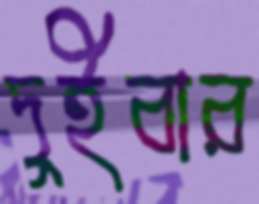
দুইবার